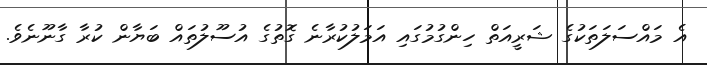
އެ މައްސަލަތަކުގެ ޝަރީއަތް ހިންގުމުގައި އަމަލުކުރާނެ ގޮތުގެ އުސޫލުތައް ބަޔާން ކުރާ ގާނޫނެވެ.